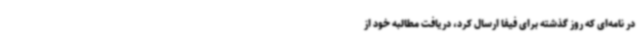
در نامه‌ای که روز گذشته برای فیفا ارسال کرد، دریافت مطالبه خود از